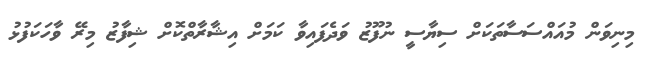
މިނިވަން މުއައްސަސާތަކަށް ސިޔާސީ ނުފޫޒު ވަދެފައިވާ ކަމަށް އިޝާރާތްކޮށް ޝިފާޒު މިރޭ ވާހަކަފުޅު